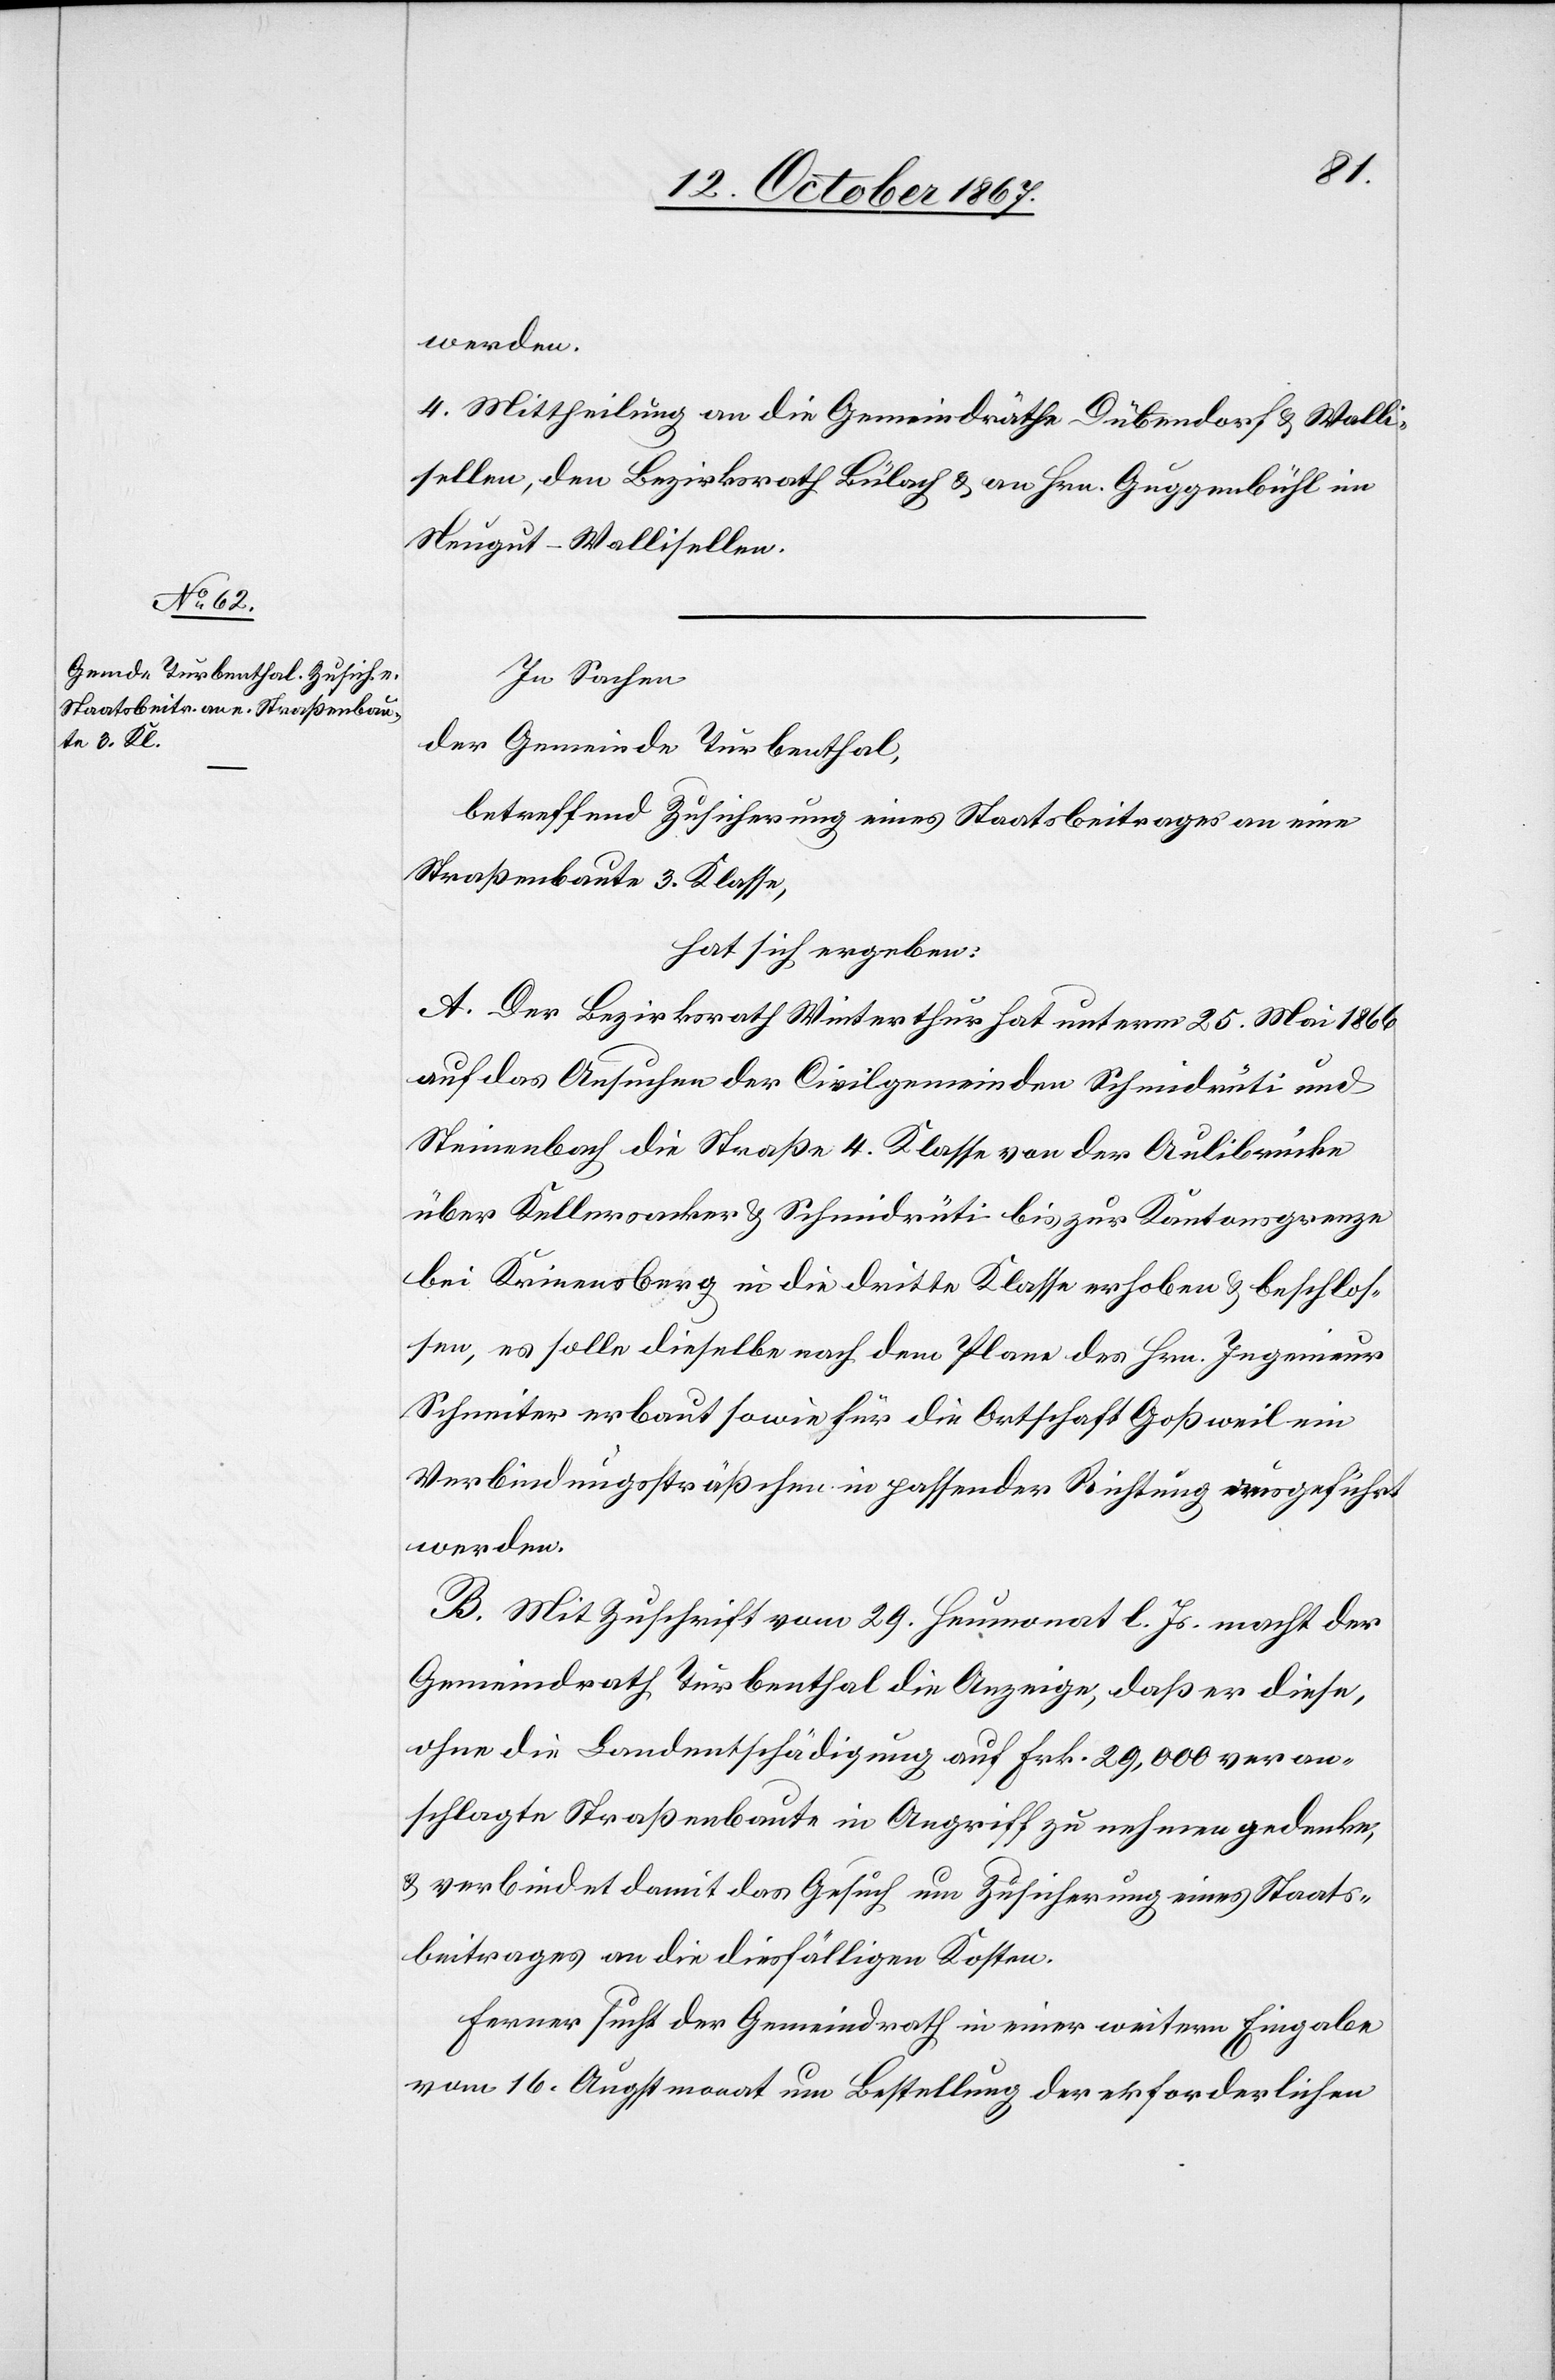
werden.
4. Mittheilung an die Gemeindräthe Dübendorf u. Walli¬
sellen, den Bezirksrath Bülach u. an Hrn. Guggenbühl im
Neugut - Wallisellen.
In Sachen
der Gemeinde Turbenthal,
betreffend Zusicherung eines Staatsbeitrages an eine
Straßenbaute 3. Klasse,
hat sich ergeben:
A. Der Bezirksrath Winterthur hat unterm 25. Mai 1866
auf das Ansuchen der Civilgemeinden Schmidrüti und
Steinenbach die Straße 4. Klasse von der Aulibrücke
über Kelleracker u. Schmidrüti bis zur Kantonsgrenze
bei Krinensberg in die dritte Klasse erhoben u. beschlos¬
sen, es solle dieselbe nach dem Plane des Hrn. Ingenieur
Schneiter erbaut sowie für die Ortschaft Goßweil ein
Verbindungssträßchen in passender Richtung ausgeführt
werden.
B. Mit Zuschrift vom 29. Heumonat l. Js. macht der
Gemeindrath Turbenthal die Anzeige, daß er diese,
ohne die Landentschädigung auf Frk. 29 000 veran¬
schlagte Straßenbaute in Angriff zu nehmen gedenke,
u. verbindet damit das Gesuch um Zusicherung eines Staats¬
beitrages an die diesfälligen Kosten.
Ferner sucht der Gemeindrath in einer weitern Eingabe
vom 16. Augstmonat um Bestellung der erforderlichen